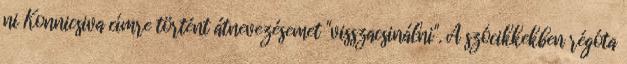
ni Konnicsiva címre történt átnevezésemet "visszacsinálni". A szócikkekben régóta